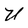
Character: U